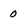
Character: 0